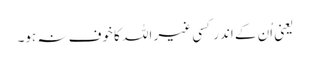
یعنی اُن کے اندر کسی غیر اللہ کا خوف نہ ہو۔